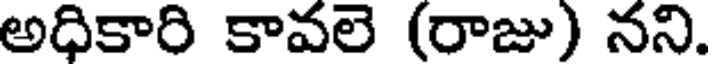
అధికారి కావలె (రాజు) నని.